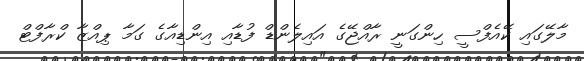
މާލޭގައި ކޭއެފްސީ ހިންގަނީ ރާއްޖޭގެ އައިލެންޑް ފުޑާއި އިންޑިއާގެ ގަމާ ޕިއްޒާ ކްރާފްޓް